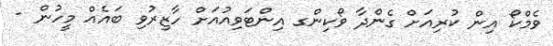
ވެމްކޯ އިން ކުރިއަށް ގެންދާ ވޯކިންގ އިންޓަވިއުއަށް ހާޒިރުވި ބައެއް މީހުން -